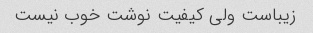
زیباست ولی کیفیت نوشت خوب نیست